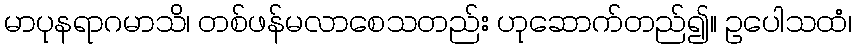
မာပုနရာဂမာသိ၊ တစ်ဖန်မလာစေသတည်း ဟုဆောက်တည်၍။ ဥပေါသထံ၊